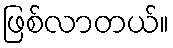
ဖြစ်လာတယ်။